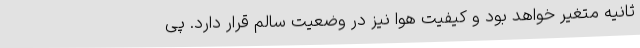
ثانیه متغیر خواهد بود و کیفیت هوا نیز در وضعیت سالم قرار دارد. پی